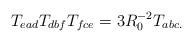
LaTeX: \begin{align*}T_{ead}T_{dbf}T_{fce}=3R_0^{-2}T_{abc.} \end{align*}